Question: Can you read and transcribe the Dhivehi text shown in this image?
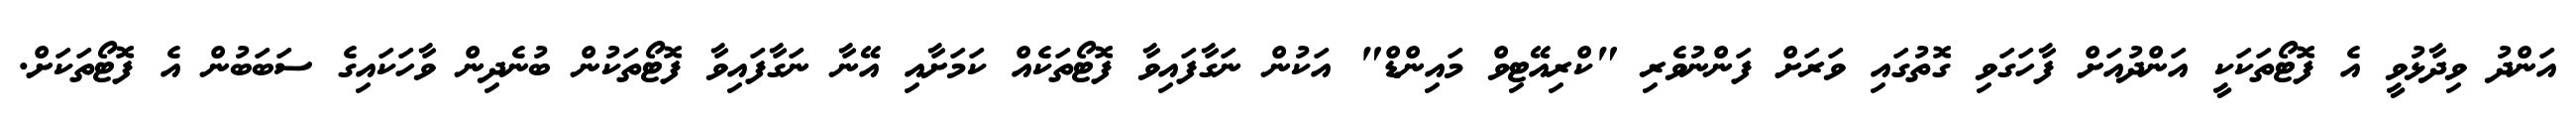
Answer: އަންދު ވިދާޅުވީ އެ ފޮޓޯތަކަކީ އަންދުއަށް ފާހަގަވި ގޮތުގައި ވަރަށް ފަންނުވެރި "ކްރިއޭޓިވް މައިންޑް" އަކުން ނަގާފައިވާ ފޮޓޯތަކެއް ކަމަށާއި އޭނާ ނަގާފައިވާ ފޮޓޯތަކުން ބުނެދިން ވާހަކައިގެ ސަބަބުން އެ ފޮޓޯތަކަށް.